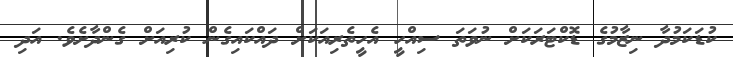
ކުޑަކަމުދާ ނިޒާމުގެ ޑޮކްޓަރަކަށް ނުވަތަ ސިއްހީ އެހީތެރިއަކަށް ދައްކައިގެން ކުރިއަށް ގެންދާށެވެ. އަދި